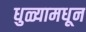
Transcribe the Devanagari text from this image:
धुळ्यामधून